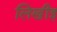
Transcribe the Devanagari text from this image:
लिखीइ